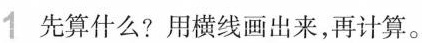
1 先算什么? 用横线画出来，再计算。